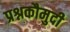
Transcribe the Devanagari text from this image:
प्रश्नकौमुदी